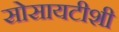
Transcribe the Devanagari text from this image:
सोसायटीशी